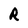
Character: R